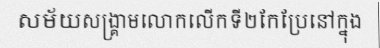
សម័យសង្គ្រាមលោកលើកទី២កែប្រែនៅក្នុង